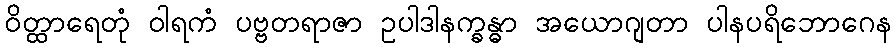
ဝိတ္ထာရေတုံ ဝါရကံ ပဗ္ဗတရာဇာ ဥပါဒါနက္ခန္ဓာ အယောဂျတာ ပါနပရိဘောဂေန